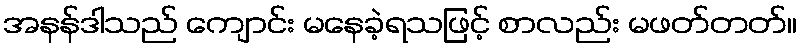
အနန်ဒါသည် ကျောင်း မနေခဲ့ရသဖြင့် စာလည်း မဖတ်တတ်။